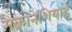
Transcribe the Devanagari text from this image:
मैक्रोनेशियाई